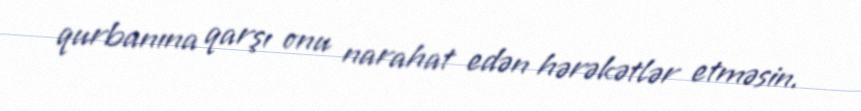
qurbanına qarşı onu narahat edən hərəkətlər etməsin.